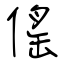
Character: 傜